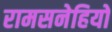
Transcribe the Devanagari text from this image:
रामसनेहियों